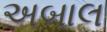
અબાલ